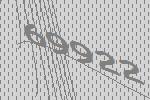
69922